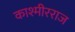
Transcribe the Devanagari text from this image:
काश्मीरराज